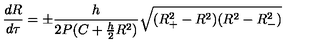
\frac { d R } { d \tau } = \pm \frac { h } { 2 P ( C + \frac { h } { 2 } R ^ { 2 } ) } \sqrt { ( R _ { + } ^ { 2 } - R ^ { 2 } ) ( R ^ { 2 } - R _ { - } ^ { 2 } ) }